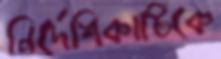
নির্দেশিকাটিকে